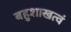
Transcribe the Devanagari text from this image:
बहुशाखत्वं